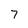
Character: 7